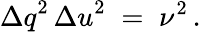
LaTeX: {\Delta q}^{2}\, {\Delta u}^{2}\; =\; \nu^{2}\, .